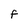
Character: F